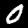
Digit: 0